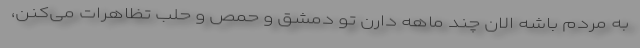
به مردم باشه الان چند ماهه دارن تو دمشق و حمص و حلب تظاهرات می‌کنن،